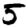
Digit: 5